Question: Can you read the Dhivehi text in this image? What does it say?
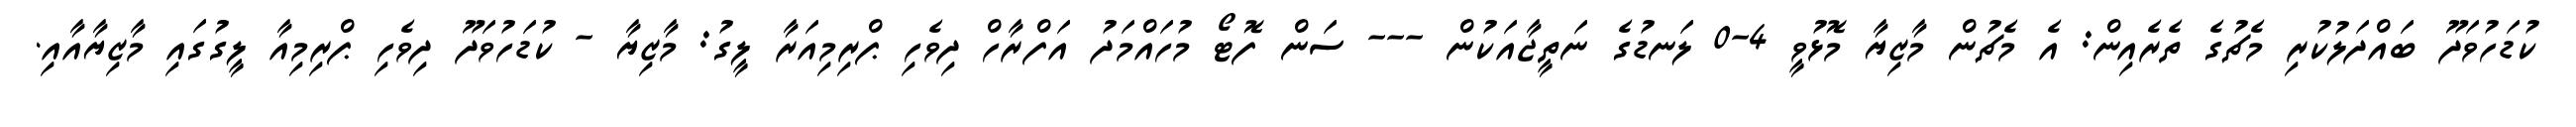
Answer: ކުޑަހުވަދޫ ބައްދަލުކުރި މެޗުގެ ތެރެއިން: އެ މެޗުން މާޒިޔާ މޮޅުވީ 4-0 ލަނޑުގެ ނަތީޖާއަކުން --- ސަން ފޮޓޯ މުހައްމަދު އަފްރާހް ދިވެހި ޕްރިމިއަރާ ލީގު: މާޒިޔާ - ކުޑަހުވަދޫ ދިވެހި ޕްރިމިއާ ލީގުގައި މާޒިޔާއާއި.